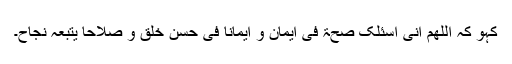
کہو کہ اَللّٰھُمَّ اِنِّیْ اَسْئَلُکَ صِحَّۃً فِی اِیْمَانٍ وَ اِیْمَانًا فِیْ حُسْنِ خُلُقٍ وَ صَلَاحًا یَتْبَعُہٗ نَجَاحٌ۔